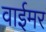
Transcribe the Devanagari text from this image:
वाईमर